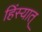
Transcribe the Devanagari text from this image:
हिंस्यात्‌